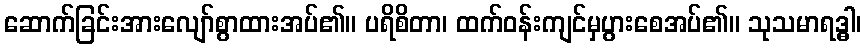
ဆောက်ခြင်းအားလျော်စွာထားအပ်၏။ ပရိစိတာ၊ ထက်ဝန်းကျင်မှပွားစေအပ်၏။ သုသမာရဒ္ဓါ၊